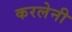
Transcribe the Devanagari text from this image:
करलेनी